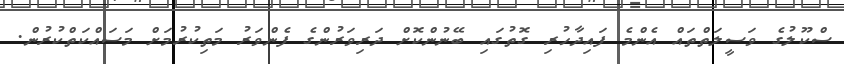
ސްކޫލުގެ ވަސީލަތްތައް އެންމެ ފައިދާހުރި ގޮތުގައި ބޭނުންކޮށް ދަރިވަރުންގެ ފެންވަރު މަތިކުރުމަށް މަސައްކަތްކުރުން.